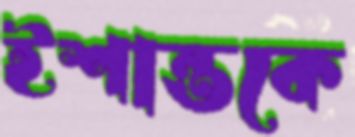
ইশান্তকে